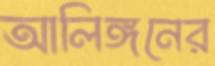
আলিঙ্গনের